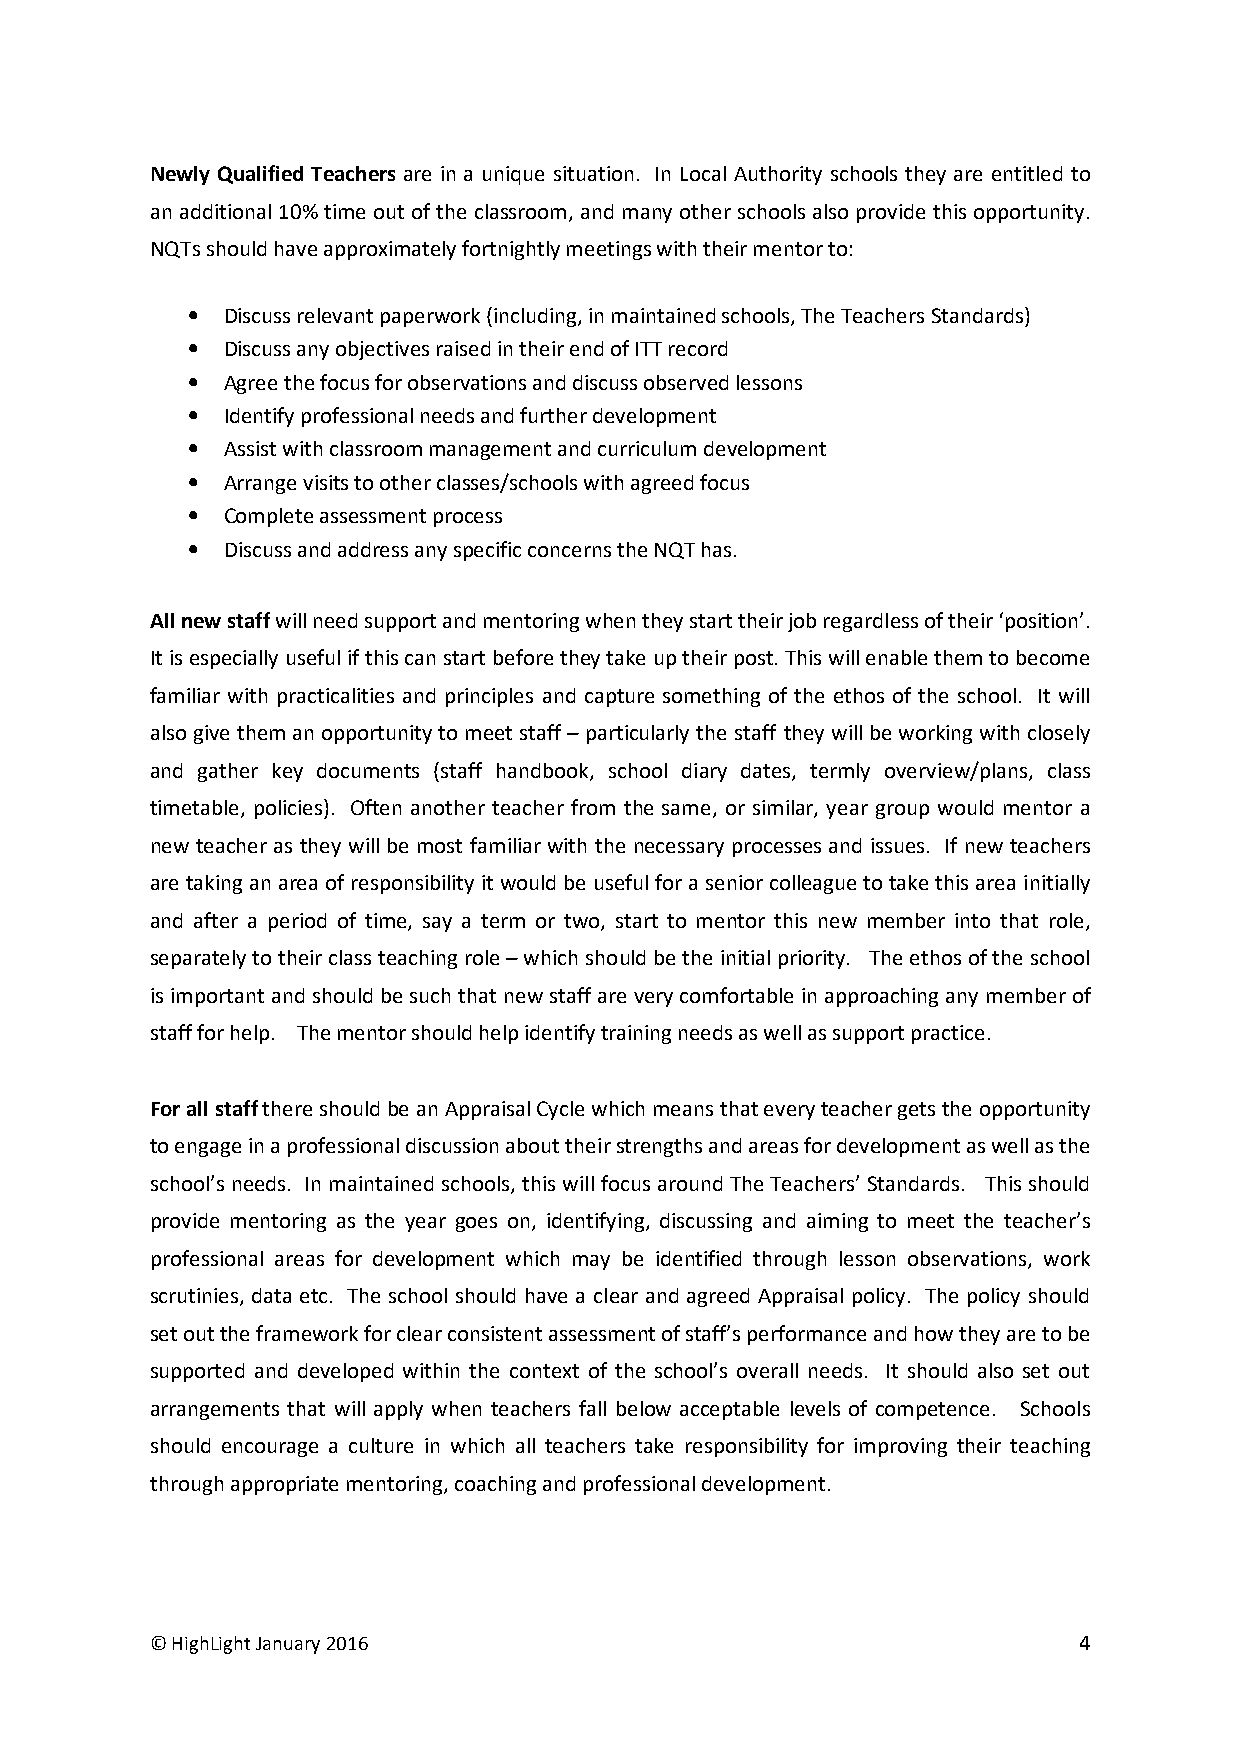
Newly Qualified Teachers are in a unique situation. In Local Authority schools they are entitled to
 an additional 10% time out of the classroom, and many other schools also provide this opportunity.
 NQTs should have approximately fortnightly meetings with their mentor to:
 •  Discuss relevant paperwork (including, in maintained schools, The Teachers Standards)
 •  Discuss any objectives raised in their end of ITT record
 •  Agree the focus for observations and discuss observed lessons
 •  Identify professional needs and further development
 •  Assist with classroom management and curriculum development
 •  Arrange visits to other classes/schools with agreed focus
 •  Complete assessment process
 •  Discuss and address any specific concerns the NQT has.
 All new staff will need support and mentoring when they start their job regardless of their ‘position’.
 It is especially useful if this can start before they take up their post. This will enable them to become
 familiar with practicalities and principles and capture something of the ethos of the school. It will
 also give them an opportunity to meet staff – particularly the staff they will be working with closely
 and gather key documents (staff handbook, school diary dates, termly overview/plans, class
 timetable, policies). Often another teacher from the same, or similar, year group would mentor a
 new teacher as they will be most familiar with the necessary processes and issues. If new teachers
 are taking an area of responsibility it would be useful for a senior colleague to take this area initially
 and after a period of time, say a term or two, start to mentor this new member into that role,
 separately to their class teaching role – which should be the initial priority. The ethos of the school
 is important and should be such that new staff are very comfortable in approaching any member of
 staff for help. The mentor should help identify training needs as well as support practice.
 For all staff there should be an Appraisal Cycle which means that every teacher gets the opportunity
 to engage in a professional discussion about their strengths and areas for development as well as the
 school’s needs. In maintained schools, this will focus around The Teachers’ Standards. This should
 provide mentoring as the year goes on, identifying, discussing and aiming to meet the teacher’s
 professional areas for development which may be identified through lesson observations, work
 scrutinies, data etc. The school should have a clear and agreed Appraisal policy. The policy should
 set out the framework for clear consistent assessment of staff’s performance and how they are to be
 supported and developed within the context of the school’s overall needs. It should also set out
 arrangements that will apply when teachers fall below acceptable levels of competence. Schools
 should encourage a culture in which all teachers take responsibility for improving their teaching
 through appropriate mentoring, coaching and professional development.
 © HighLight January 2016                                     4